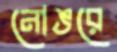
নোঙরে